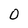
Character: O